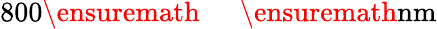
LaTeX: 800\ensuremath{\mathrm{~\textrm~{~\, ~}~}}\ensuremath{\mathrm{nm}}